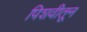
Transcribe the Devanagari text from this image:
पिशवीतून